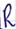
Text: R